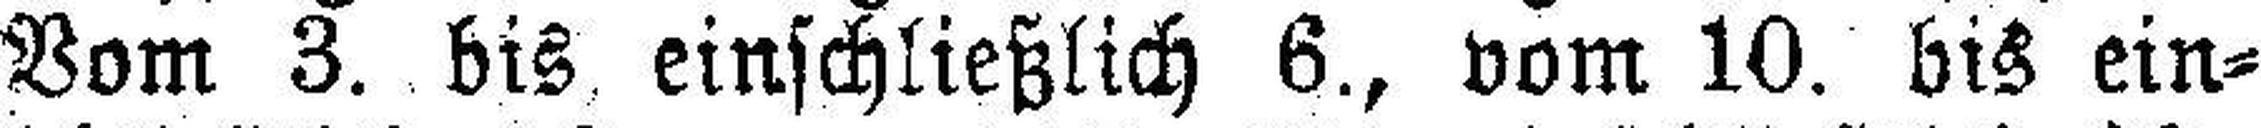
Vom 3. bis einschließlich 6., vom 10. bis ein¬